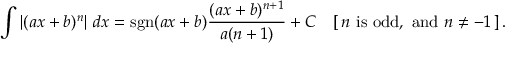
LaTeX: \int \left| ( a x + b ) ^ { n } \right| \, d x = \operatorname { s g n } ( a x + b ) { \frac { ( a x + b ) ^ { n + 1 } } { a ( n + 1 ) } } + C \quad [ \, n { \mathrm { ~ i s ~ o d d , ~ a n d ~ } } n \neq - 1 \, ] \, .